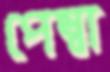
পেম্বা